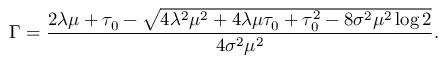
\Gamma = { \frac { 2 \lambda \mu + \tau _ { 0 } - \sqrt { 4 \lambda ^ { 2 } \mu ^ { 2 } + 4 \lambda \mu \tau _ { 0 } + \tau _ { 0 } ^ { 2 } - 8 \sigma ^ { 2 } \mu ^ { 2 } \log 2 } } { 4 \sigma ^ { 2 } \mu ^ { 2 } } } .